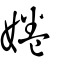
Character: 婘